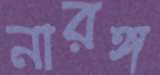
নারঙ্গ